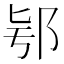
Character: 𨚛